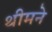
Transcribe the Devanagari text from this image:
थीमने